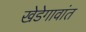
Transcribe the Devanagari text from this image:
खेडेगावांत